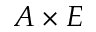
A \times E